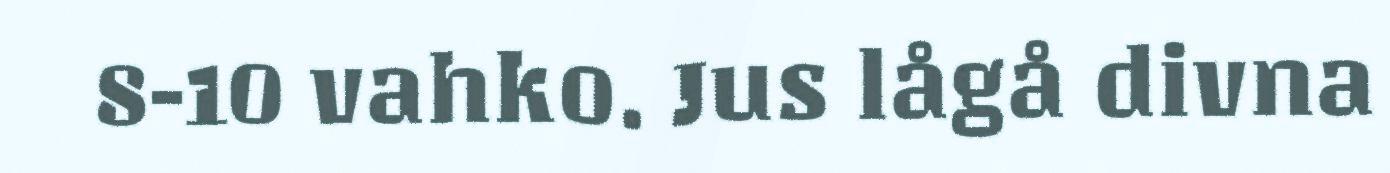
8-10 vahko. Jus lågå divna